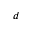
d